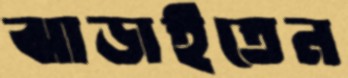
ঝাড়াইতেন